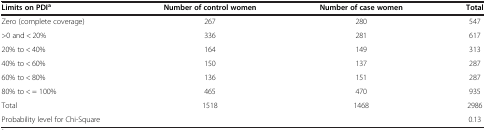
| Limits on PDIa | Number of control women | Number of case women | Total |
 | --- | --- | --- | --- |
 | Zero (complete coverage) | 267 | 280 | 547 |
 | >0 and < 20% | 336 | 281 | 617 |
 | 20% to < 40% | 164 | 149 | 313 |
 | 40% to < 60% | 150 | 137 | 287 |
 | 60% to < 80% | 136 | 151 | 287 |
 | 80% to < = 100% | 465 | 470 | 935 |
 | Total | 1518 | 1468 | 2986 |
 | Probability level for Chi-Square |  |  | 0.13 |